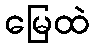
မြေထဲ